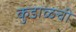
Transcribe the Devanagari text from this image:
कुडाळची